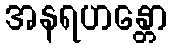
အနရဟန္တော